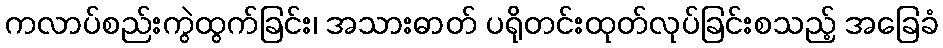
ကလာပ်စည်းကွဲထွက်ခြင်း၊ အသားဓာတ် ပရိုတင်းထုတ်လုပ်ခြင်းစသည့် အခြေခံ